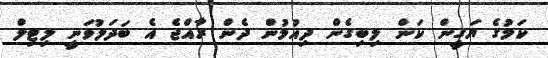
ކަމުގެ ޔަގީން ކަން ލިބިގެން ދިއުމުން ދެން ރާއްޖެ އެ ބަދަލުވަނީ ލިޓިލް